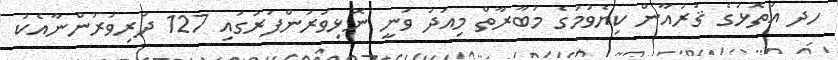
ހދ އަތޮޅުގެ ޤުރުއާން ކިޔެވުމުގެ މުބާރާތް މިއަދު ވަނީ ނޮޅިވަރަންފަރުގައި 127 ދަރިވަރުންނާއެކު